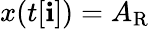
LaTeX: x(t[\mathbf{i}])=A_{\mathrm{{R}}}